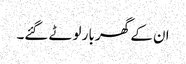
ان کے گھر بار لوٹے گئے۔